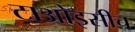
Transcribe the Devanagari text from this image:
टाओइसीच